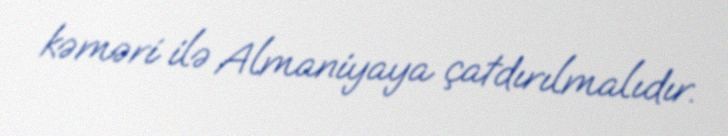
kəməri ilə Almaniyaya çatdırılmalıdır.